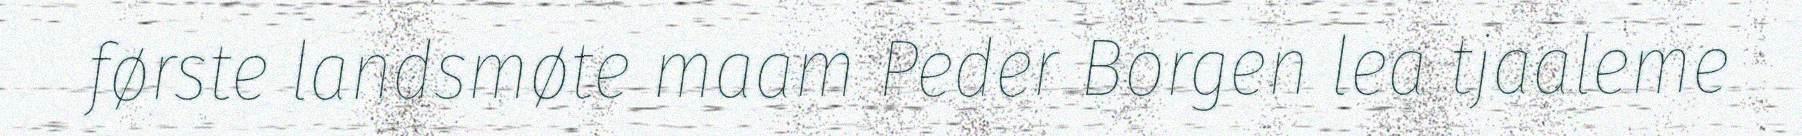
første landsmøte maam Peder Borgen lea tjaaleme